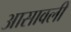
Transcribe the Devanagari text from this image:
आसावली